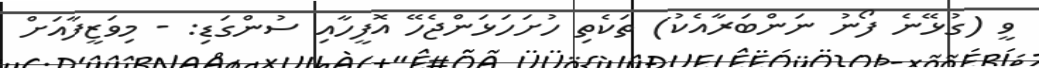
ވީ (ގުޅޭނެ ފޯނު ނަންބަރާއެކު) ތަކެތި ހުށަހަޅަންޖެހޭ އޮފީހާއި ސުންގަޑި: - މިވަޒީފާއަށް